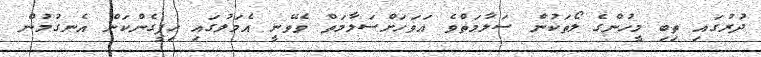
ދުރުގައި ތިބި މީހުންގެ ލޯތަކުން ސަލާމަތްވެ އަވަހަށްސަލާމަތް ވެވޭނީ އެމަލުގައި ހިފީގެންކަން އެނގުމުން